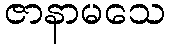
ဇာနာမသေ